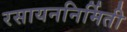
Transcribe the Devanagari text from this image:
रसायननिर्मिती